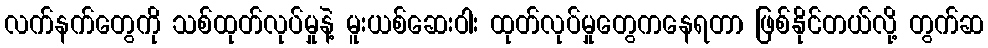
လက်နက်တွေကို သစ်ထုတ်လုပ်မှုနဲ့ မူးယစ်ဆေးဝါး ထုတ်လုပ်မှုတွေကနေရတာ ဖြစ်နိုင်တယ်လို့ တွက်ဆ